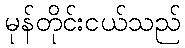
မုန်တိုင်းငယ်သည်